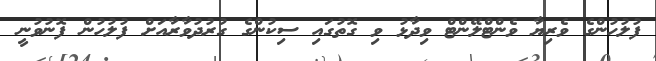
ފުލުހުންގެ ވެރިޔާ ވެންޓްލޭންޓް ވިދާޅު ވި ގޮތުގައި ސިކުންގެ ގުރުދުވާރާއަށް ފުލުހުން ފޮނުވުނީ